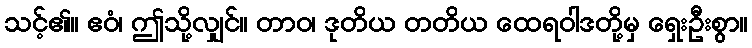
သင့်၏။ ဧဝံ၊ ဤသို့လျှင်။ တာဝ၊ ဒုတိယ တတိယ ထေရဝါဒတို့မှ ရှေးဦးစွာ။